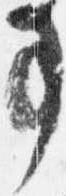
事